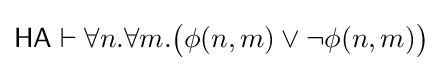
{\mathsf {HA}}\vdash \forall n.\forall m.{\big (}\phi (n,m)\lor \neg \phi (n,m){\big )}